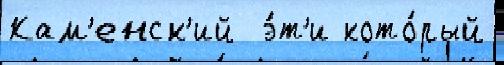
Кам'енск'ий  э́т'и кото́рый